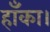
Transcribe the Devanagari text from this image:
हाँका।